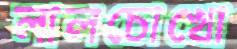
লালচোখো